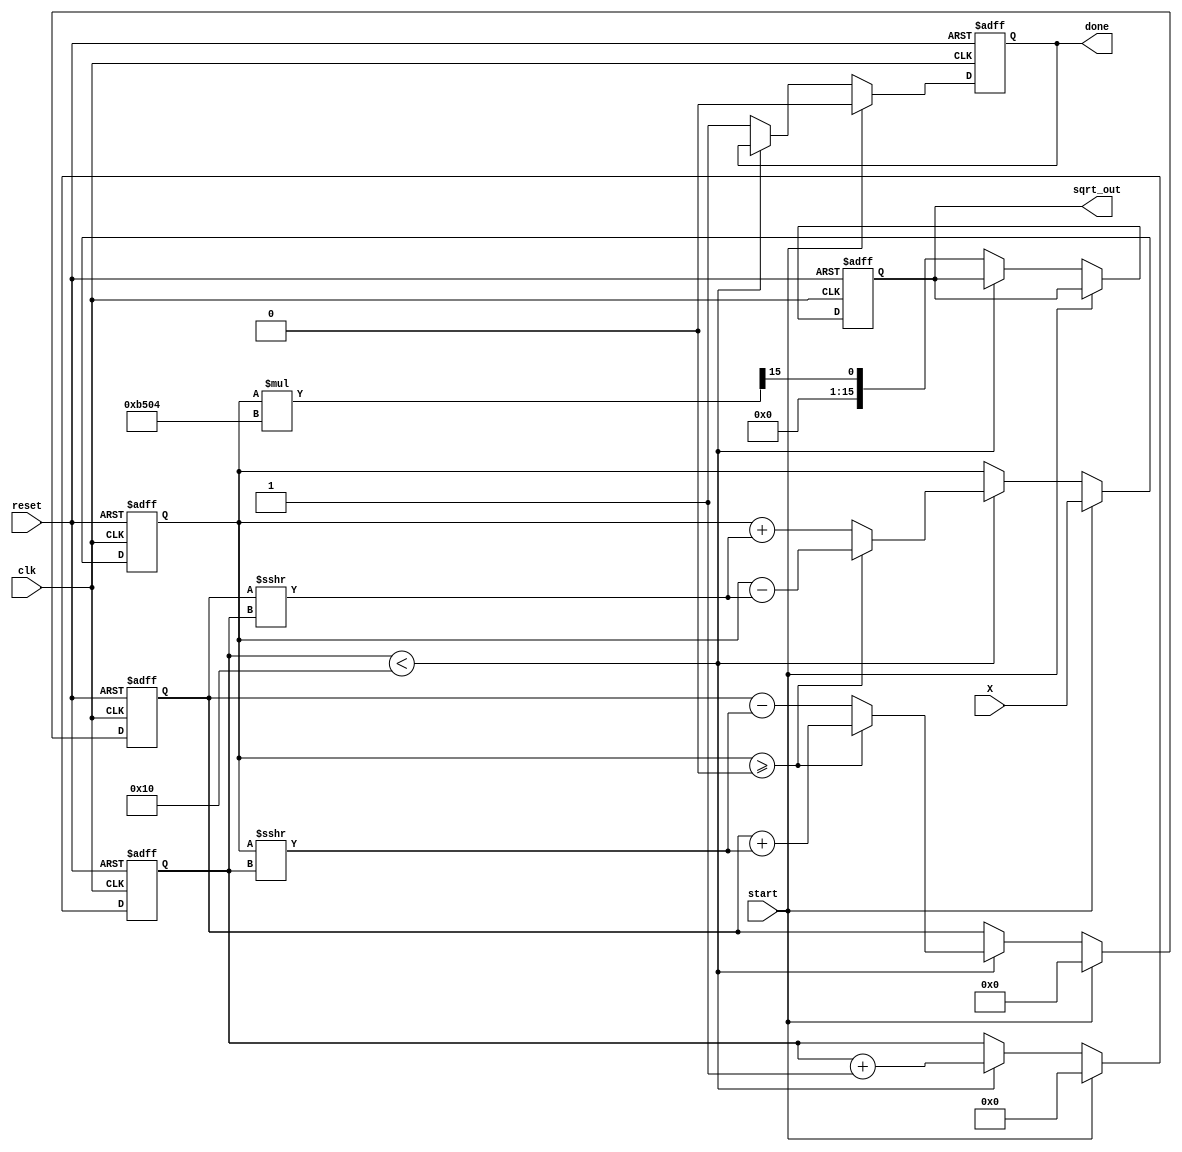
module cordic_sqrt (
    input wire clk,               // Clock signal
    input wire reset,             // Reset signal
    input wire start,             // Start signal for calculation
    input wire [15:0] X,          // Input fixed-point number (16-bit)
    output reg [15:0] sqrt_out,   // Output fixed-point square root (16-bit)
    output reg done               // Done signal indicating completion
);

    // Parameters
    parameter NUM_ITERATIONS = 16; // Number of CORDIC iterations
    parameter FIXED_POINT_SCALE = 16'hB504; // Scaling factor (approx. 1/sqrt(2))

    // Internal registers
    reg [15:0] x_reg, y_reg;       // CORDIC coordinates
    reg [3:0] iteration;           // Iteration counter
    reg [15:0] angle;              // Angle for rotation
    reg [15:0] angle_table [0:NUM_ITERATIONS-1]; // Predefined angles for CORDIC

    // Initialize angle table for square root calculation
    initial begin
        angle_table[0] = 16'h0000; // atan(1) = 0
        angle_table[1] = 16'h2000; // atan(1/2) = 26.565 degrees
        angle_table[2] = 16'h4000; // atan(1/4) = 14.036 degrees
        angle_table[3] = 16'h6000; // atan(1/8) = 7.125 degrees
        angle_table[4] = 16'h8000; // atan(1/16) = 3.576 degrees
        angle_table[5] = 16'hA000; // atan(1/32) = 1.789 degrees
        angle_table[6] = 16'hC000; // atan(1/64) = 0.895 degrees
        angle_table[7] = 16'hE000; // atan(1/128) = 0.447 degrees
        angle_table[8] = 16'h10000; // atan(1/256) = 0.224 degrees
        angle_table[9] = 16'h12000; // atan(1/512) = 0.112 degrees
        angle_table[10] = 16'h14000; // atan(1/1024) = 0.056 degrees
        angle_table[11] = 16'h16000; // atan(1/2048) = 0.028 degrees
        angle_table[12] = 16'h18000; // atan(1/4096) = 0.014 degrees
        angle_table[13] = 16'h1A000; // atan(1/8192) = 0.007 degrees
        angle_table[14] = 16'h1C000; // atan(1/16384) = 0.003 degrees
        angle_table[15] = 16'h1E000; // atan(1/32768) = 0.001 degrees
    end

    // State machine for CORDIC iterations
    always @(posedge clk or posedge reset) begin
        if (reset) begin
            // Reset state
            x_reg <= 0;
            y_reg <= 0;
            iteration <= 0;
            sqrt_out <= 0;
            done <= 0;
        end else if (start) begin
            // Initialize for square root calculation
            x_reg <= X;
            y_reg <= 0;
            iteration <= 0;
            done <= 0;
        end else if (iteration < NUM_ITERATIONS) begin
            // CORDIC iteration
            if (x_reg >= 0) begin
                // Apply rotation
                x_reg <= x_reg - (y_reg >>> iteration);
                y_reg <= y_reg + (x_reg >>> iteration);
            end else begin
                // Apply rotation in the opposite direction
                x_reg <= x_reg + (y_reg >>> iteration);
                y_reg <= y_reg - (x_reg >>> iteration);
            end
            iteration <= iteration + 1;
        end else begin
            // Finalize output
            sqrt_out <= (x_reg * FIXED_POINT_SCALE) >>> (NUM_ITERATIONS - 1);
            done <= 1;
        end
    end

endmodule